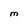
Character: M